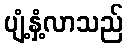
ပျံ့နှံ့လာသည်